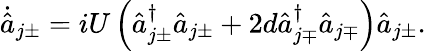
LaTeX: \begin{array}{r}{\dot{\hat{a}}_{j\pm}=iU\left(\hat{a}_{j\pm}^{\dagger}\hat{a}_{j\pm}+2d\hat{a}_{j\mp}^{\dagger}\hat{a}_{j\mp}\right)\hat{a}_{j\pm}.}\end{array}